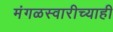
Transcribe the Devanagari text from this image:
मंगळस्वारीच्याही